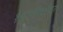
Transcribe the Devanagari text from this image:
१४ऑक्टोबर